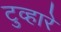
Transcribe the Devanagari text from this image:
टुव्हारे